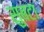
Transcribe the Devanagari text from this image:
सुबटा